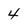
Character: 4